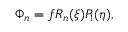
\Phi _ { n } = f R _ { n } ( \xi ) P _ { 1 } ( \eta ) ,